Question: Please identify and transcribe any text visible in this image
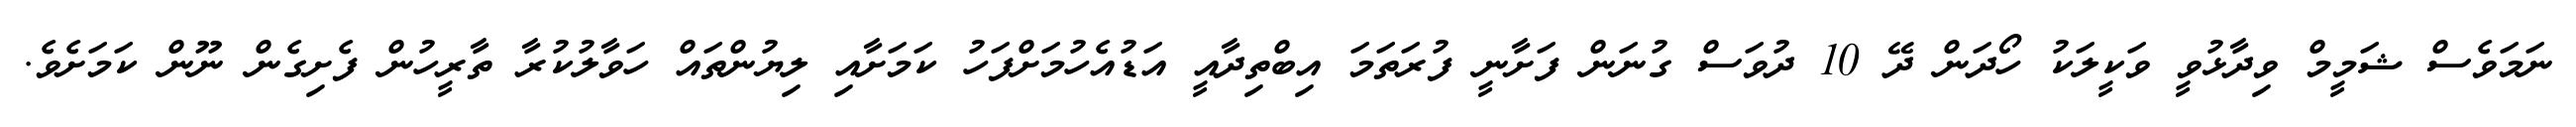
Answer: ނަމަވެސް ޝަމީމް ވިދާޅުވީ ވަކީލަކު ހޯދަން ދޭ 10 ދުވަސް ގުނަން ފަށާނީ ފުރަތަމަ އިބްތިދާއީ އަޑުއެހުމަށްފަހު ކަމަށާއި ލިޔުންތައް ހަވާލުކުރާ ތާރީހުން ފެށިގެން ނޫން ކަމަށެވެ.